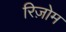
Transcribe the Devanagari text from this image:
रिज़ोम